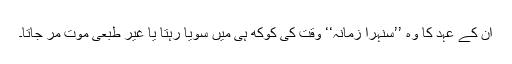
ان کے عہد کا وہ ’’سنہرا زمانہ‘‘ وقت کی کوکھ ہی میں سویا رہتا یا غیر طبعی موت مر جاتا۔